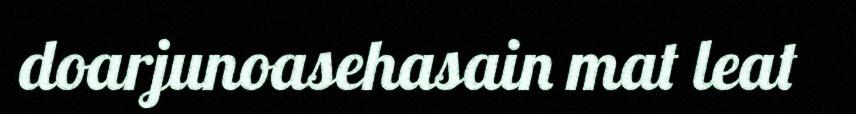
doarjunoasehasain mat leat